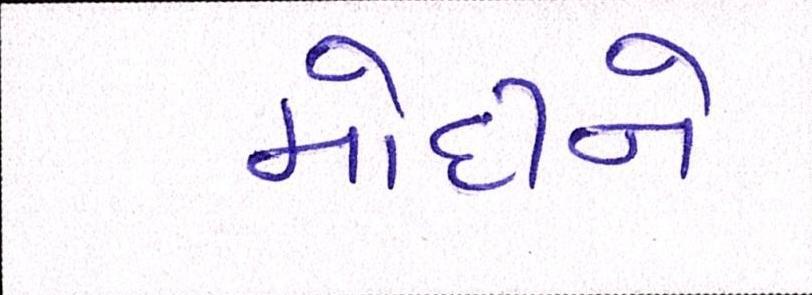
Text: મોદીને